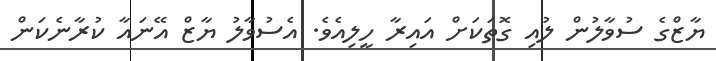
ޔާޒްގެ ސުވާލުން ލުއި ގޮތަކަށް އައިރާ ހީލިއެވެ. އެސުވާލު ޔާޒް އޭނައާ ކުރާނެކަން